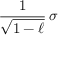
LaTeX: { \frac { 1 } { \sqrt { 1 - \ell } } } \, \sigma